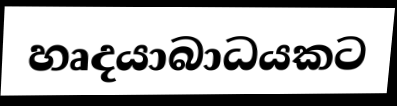
හෘදයාබාධයකට